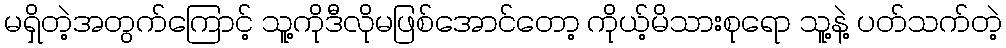
မရှိတဲ့အတွက်ကြောင့် သူ့ကိုဒီလိုမဖြစ်အောင်တော့ ကိုယ့်မိသားစုရော သူ့နဲ့ ပတ်သက်တဲ့